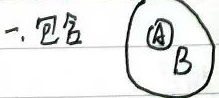
一. 包含
\begin{tikzpicture}[scale=0.8]
    \draw (0,0) circle (1);
    \node at (0,0) {$B$};
    \draw (0,0) circle (0.4);
    \node at (0,0) {\textcircled{A}};
\end{tikzpicture}